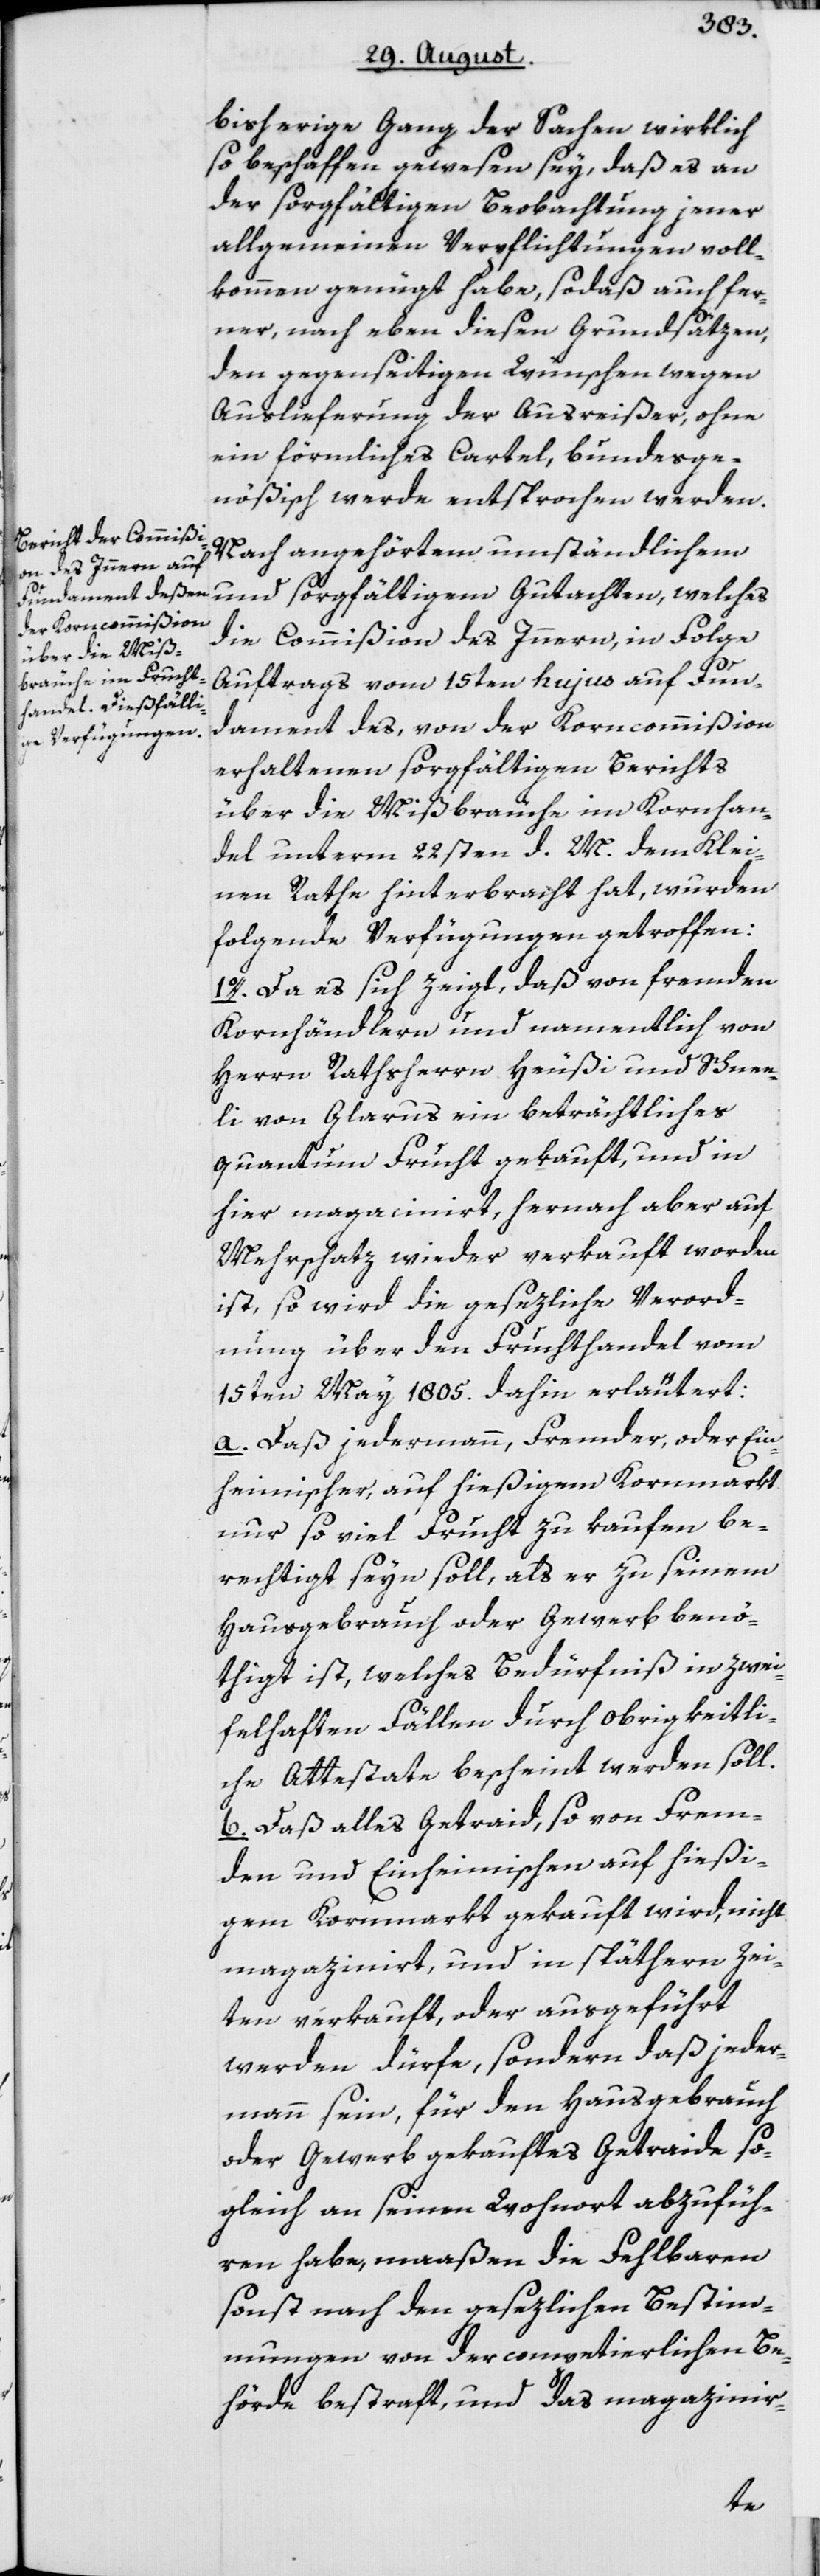
bisherige Gang der Sachen wirklich
so beschaffen gewesen sey, daß es an
der sorgfältigen Beobachtung jener
allgemeinen Verpflichtungen voll¬
kommen genügt habe, sodaß auch fer¬
ner, nach eben diesen Grundsätzen,
den gegenseitigen Wünschen wegen
Auslieferung der Ausreißer, ohne
ein förmliches Cartel, bundesge¬
nößisch werde entsprochen werden.
Nach angehörtem umständlichem
und sorgfältigem Gutachten, welches
die Commißion des Innern, in Folge
Auftrags vom 15ten hujus auf Fun¬
dament des, von der Korncommißion
erhaltenen sorgfältigen Berichts
über die Mißbräuche im Kornhan¬
del unterm 22sten d. M. dem Klei¬
nen Rathe hinterbracht hat, wurden
folgende Verfügungen getroffen:
1o. Da es sich zeigt, daß von fremden
Kornhändlern und namentlich von
Herrn Rathsherrn Heußi und Schnee¬
li von Glarus ein beträchtliches
Quantum Frucht gekauft, und in
hier magacinirt, hernach aber auf
Mehrschatz wieder verkauft worden
ist, so wird die gesezliche Verord¬
nung über den Fruchthandel vom
15ten May 1805. dahin erläutert:
a. Daß jedermann, Fremder, oder Ein¬
heimischer, auf hießigem Kornmarkt
nur so viel Frucht zu kaufen be¬
rechtigt seyn soll, als er zu seinem
Hausgebrauch oder Gewerb benö¬
thigt ist, welches Bedürfniß in zwei¬
felhaften Fällen durch obrigkeitli¬
che Attestate bescheint werden soll.
b. Daß alles Getraid, so von Frem¬
den und Einheimischen auf hießi¬
gem Kornmarkt gekauft wird, nicht
magazinirt, und in späthern Zei¬
ten verkauft, oder ausgeführt
werden dürfe, sondern daß jeder¬
mann sein, für den Hausgebrauch
oder Gewerb gekauftes Getraide so¬
gleich an seinen Wohnort abzufüh¬
ren habe, maaßen die Fehlbaren
sonst nach den gesezlichen Bestim¬
mungen von der competierlichen Be¬
hörde bestraft, und das magazinir-